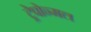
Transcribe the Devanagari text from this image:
ट्रेपोन्मल